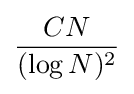
{\frac {CN}{(\log N)^{2}}}